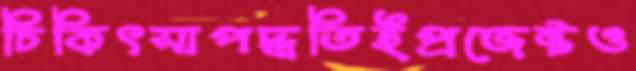
চিকিৎসাপদ্ধতিইপ্রজেক্টও